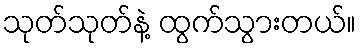
သုတ်သုတ်နဲ့ ထွက်သွားတယ်။